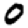
Digit: 0